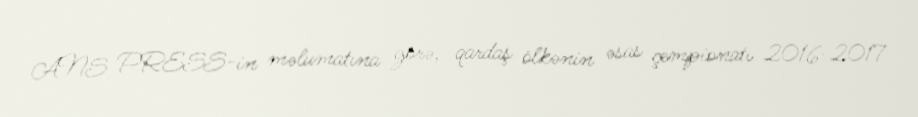
ANS PRESS-in məlumatına görə, qardaş ölkənin əsas çempionatı 2016-2017